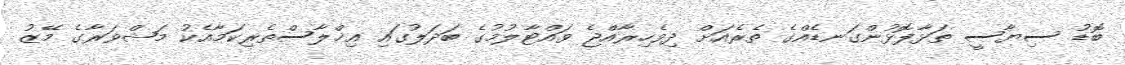
ބޮޑު ސިޔާސީ ތަޅާފޮޅުންގަނޑެއްގެ ތެރެއަށް ދިވެހިރާއްޖެ ވައްޓާލުމުގެ ބަދަލުގައި އިޚްލާސްތެރިކަމާއެކު މަޝްވަރާގެ މޭޒު